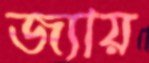
জ্যায়